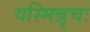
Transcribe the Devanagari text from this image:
यस्मिन्नृचः